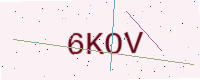
Text: 6KOV